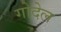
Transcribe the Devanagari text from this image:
गोदेल